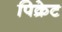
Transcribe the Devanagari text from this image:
पिक्रेट